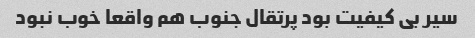
سیر بی کیفیت بود پرتقال جنوب هم واقعا خوب نبود